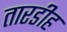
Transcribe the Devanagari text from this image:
तारडीह